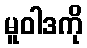
မူဝါဒကို